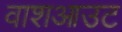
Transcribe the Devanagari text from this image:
वाशआउट